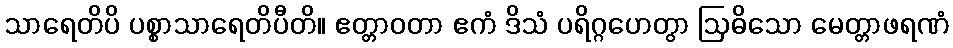
သာရေတိပိ ပစ္စာသာရေတိပီတိ။ ဧတ္တာဝတာ ဧကံ ဒိသံ ပရိဂ္ဂဟေတွာ ဩဓိသော မေတ္တာဖရဏံ